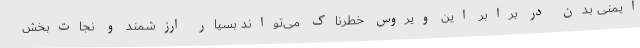
ایمنی بدن در برابر این ویروس خطرناک می‌تواند بسیار ارزشمند و نجات‌بخش